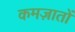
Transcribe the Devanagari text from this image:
कमज़ातों